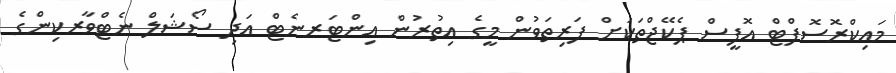
މައިކްރޮސޮފްޓް އޮފީސް ޕެކޭޖްތަކަށް ފަރިތަވުން މީގެ އިތުރުން އިންޓަރނެޓް އަދި ސޯޝަލް ނެޓްވާރކިންގެ